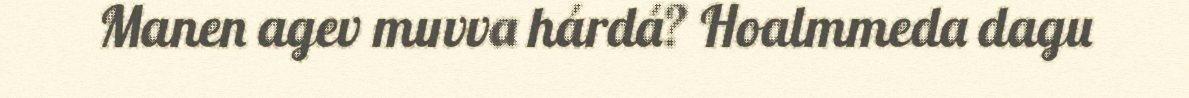
Manen agev muvva hárdá? Hoalmmeda dagu